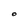
Character: O